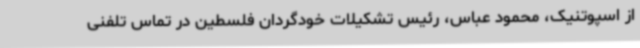
از اسپوتنیک، محمود عباس، رئیس تشکیلات خودگردان فلسطین در تماس تلفنی